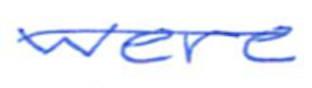
Text: were
Cross-out: single-line
Writing tool: ballpoint